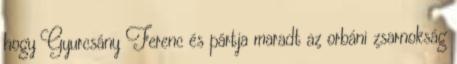
hogy Gyurcsány Ferenc és pártja maradt az orbáni zsarnokság